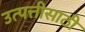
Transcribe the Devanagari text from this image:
उत्पत्तीसाठी